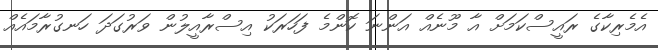
އެމެރިކާގެ ރައީސްކަމަށް އާ މޫނެއް އަންނަ ކޮންމެ ފަހަރަކު އިސްރާއީލުން ވަރުގަދަ ހަނގުރާމައެއް